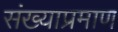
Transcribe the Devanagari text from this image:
संख्याप्रमाण